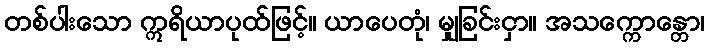
တစ်ပါးသော ဣရိယာပုထ်ဖြင့်။ ယာပေတုံ၊ မျှခြင်းငှာ။ အသက္ကောန္တော၊